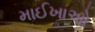
માઈખાઓ